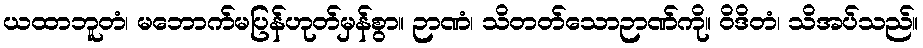
ယထာဘူတံ၊ မဘောက်မပြန်ဟုတ်မှန်စွာ။ ဉာဏံ၊ သိတတ်သောဉာဏ်ကို။ ဝိဒိတံ၊ သိအပ်သည်။